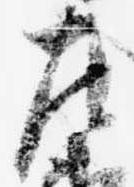
左